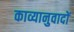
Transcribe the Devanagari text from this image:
काव्यानुवादों